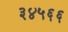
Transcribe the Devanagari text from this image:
३४५६६